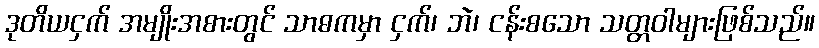
ဒုတိယငှက် အမျိုးအစားတွင် သာဓကမှာ ငှက်၊ ဘဲ၊ ငန်းစသော သတ္တဝါများဖြစ်သည်။